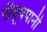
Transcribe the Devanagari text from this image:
पीयूषपानी